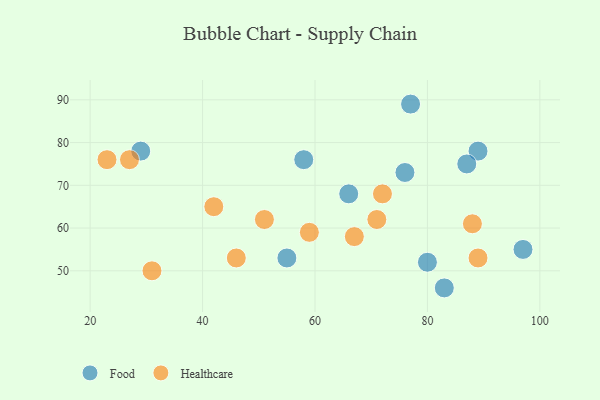
{"axis": {"x": "GDP", "y": "Life Expectancy"}, "legend": ["Food", "Healthcare"], "data": [{"x": "89", "y": 78, "type": "Food"}, {"x": "87", "y": 75, "type": "Food"}, {"x": "55", "y": 53, "type": "Food"}, {"x": "66", "y": 68, "type": "Food"}, {"x": "80", "y": 52, "type": "Food"}, {"x": "29", "y": 78, "type": "Food"}, {"x": "76", "y": 73, "type": "Food"}, {"x": "83", "y": 46, "type": "Food"}, {"x": "77", "y": 89, "type": "Food"}, {"x": "58", "y": 76, "type": "Food"}, {"x": "97", "y": 55, "type": "Food"}, {"x": "23", "y": 76, "type": "Healthcare"}, {"x": "89", "y": 53, "type": "Healthcare"}, {"x": "51", "y": 62, "type": "Healthcare"}, {"x": "27", "y": 76, "type": "Healthcare"}, {"x": "46", "y": 53, "type": "Healthcare"}, {"x": "42", "y": 65, "type": "Healthcare"}, {"x": "59", "y": 59, "type": "Healthcare"}, {"x": "31", "y": 50, "type": "Healthcare"}, {"x": "67", "y": 58, "type": "Healthcare"}, {"x": "88", "y": 61, "type": "Healthcare"}, {"x": "72", "y": 68, "type": "Healthcare"}, {"x": "71", "y": 62, "type": "Healthcare"}]}